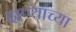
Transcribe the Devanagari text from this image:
दाण्यांच्या